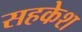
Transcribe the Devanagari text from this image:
सहकेश